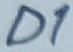
Text: D1